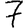
Digit: 7